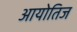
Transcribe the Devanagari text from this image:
आयोतिज